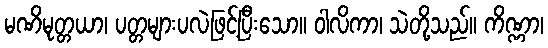
မဏိမုတ္တယာ၊ ပတ္တများပလဲဖြင့်ပြီးသော။ ဝါလိကာ၊ သဲတို့သည်။ ကိဏ္ဏာ၊